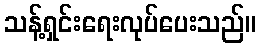
သန့်ရှင်းရေးလုပ်ပေးသည်။